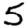
Digit: 5